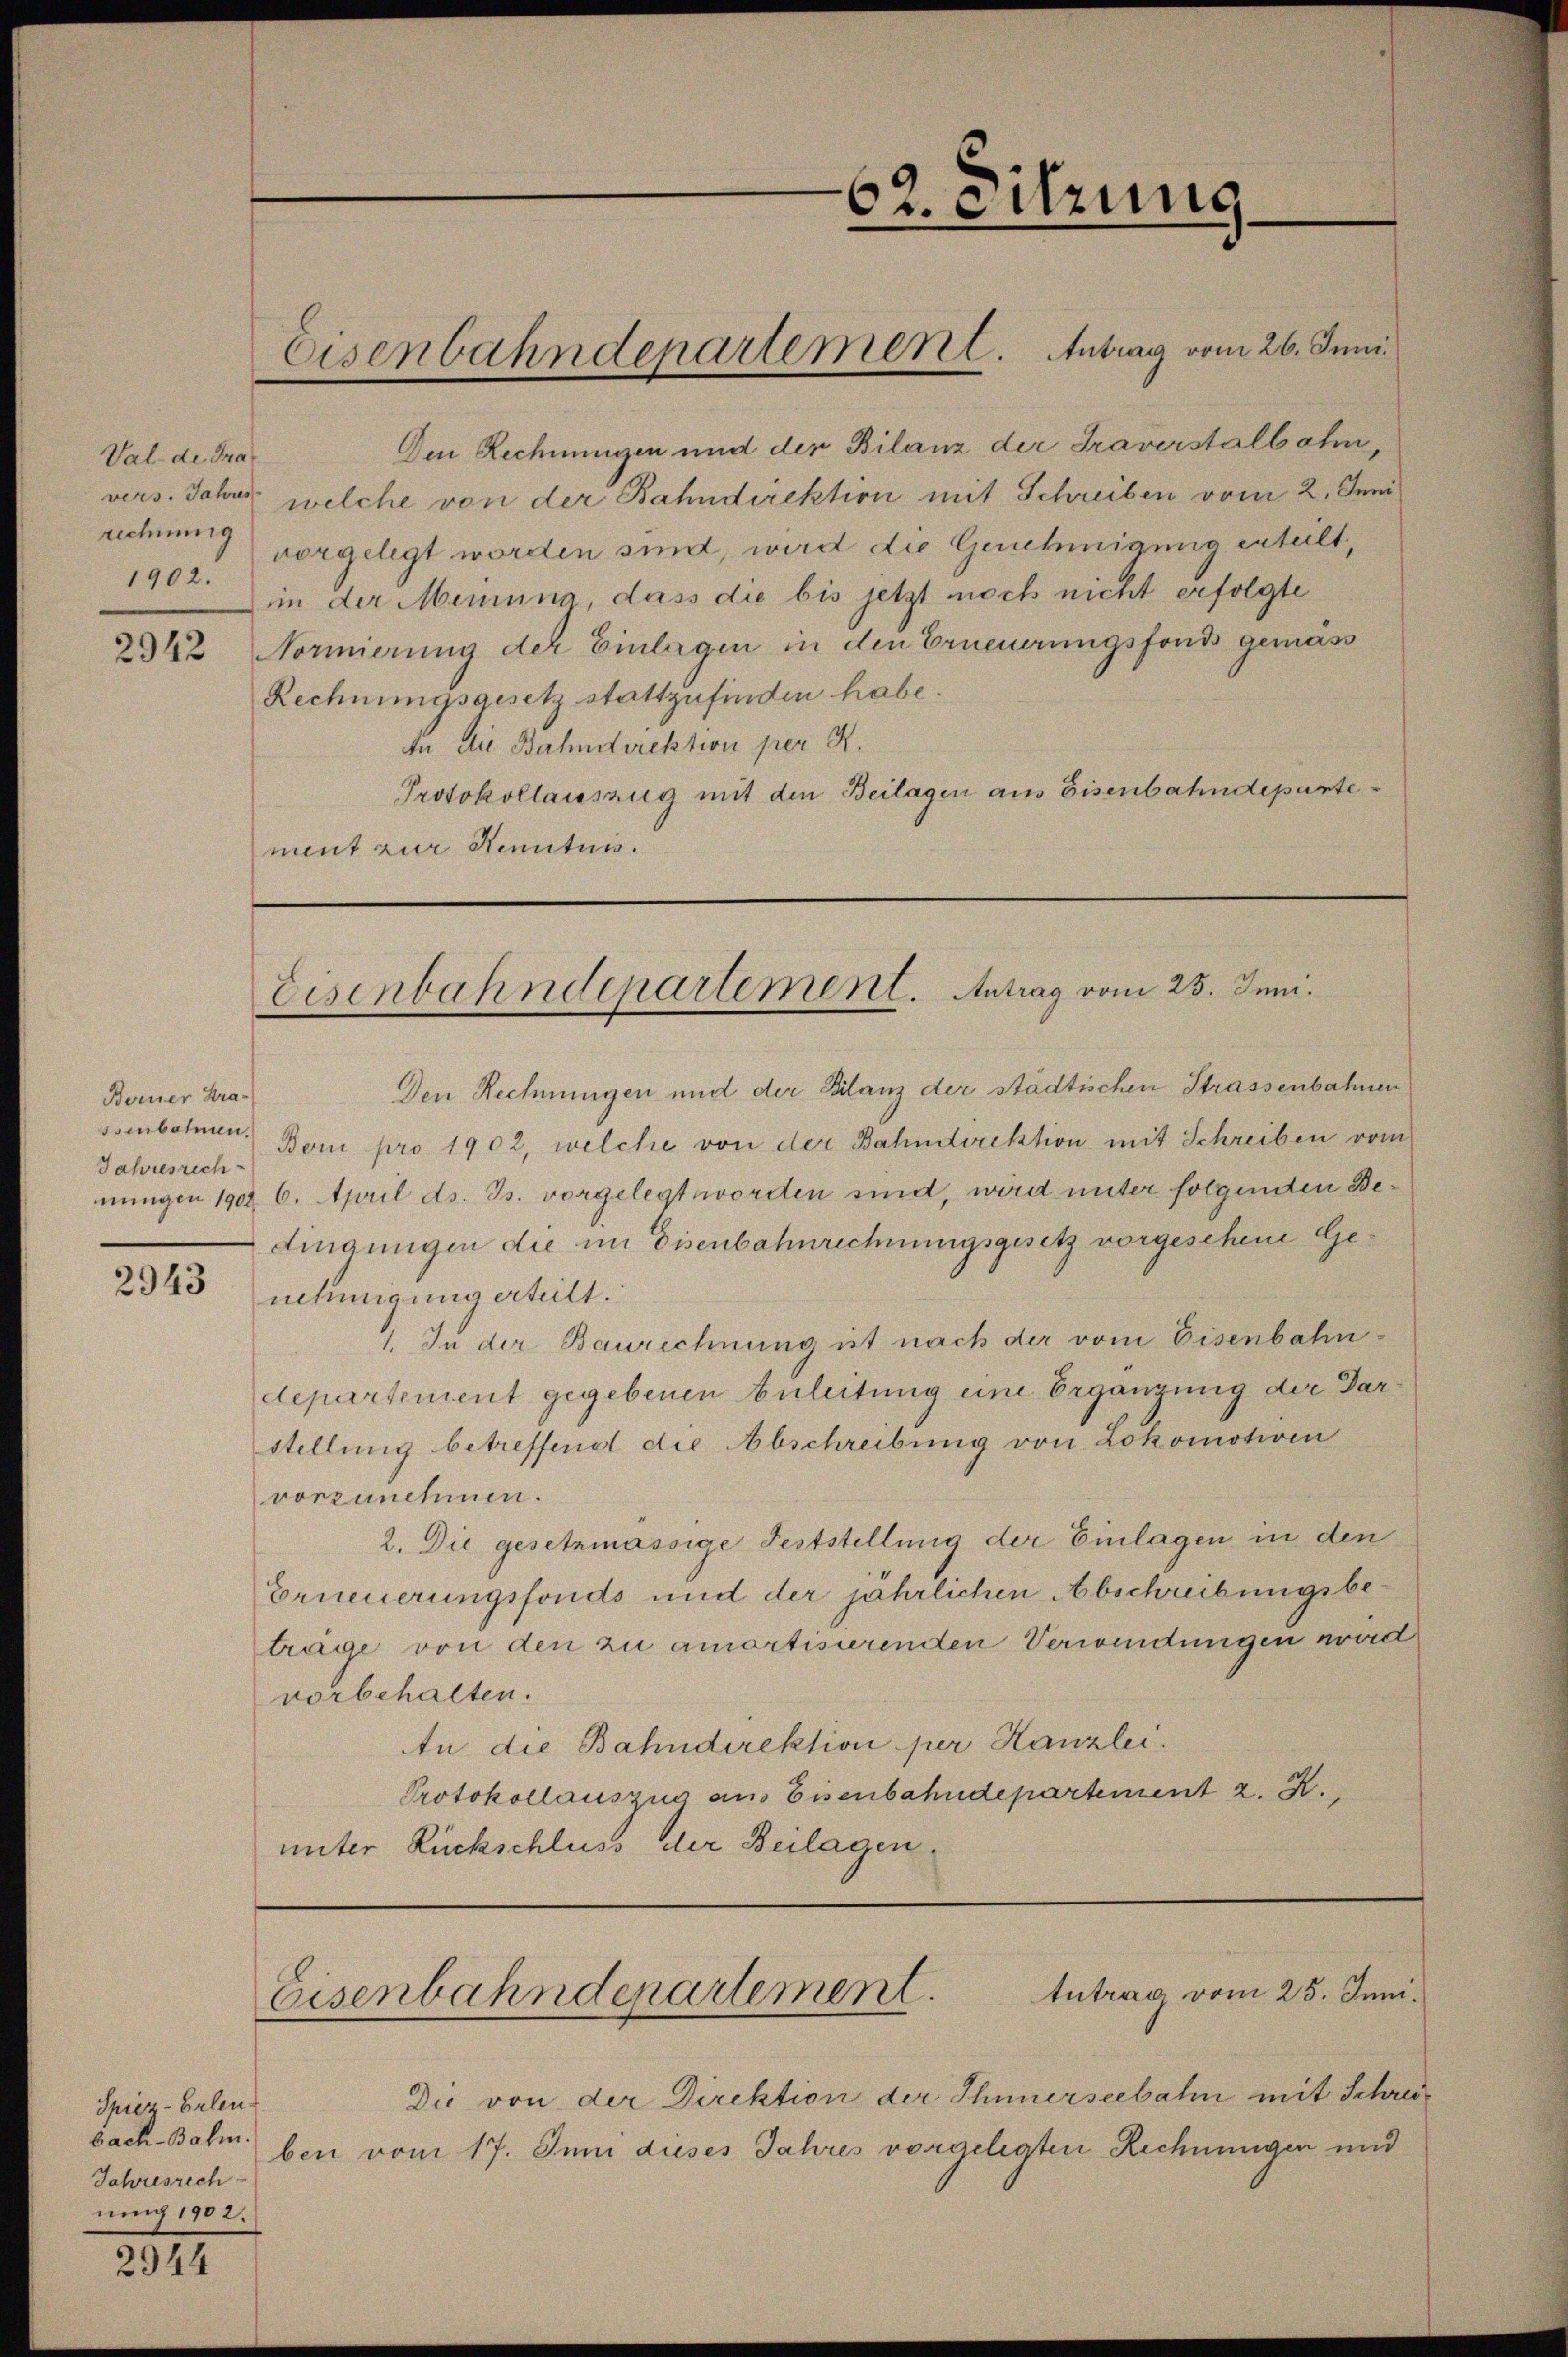
Val de Tra
vers. Jahres
rechnung
1902.

2942

Berner Krassenbahnen.
Jahresrech

2943

Spiez-Erlen
bach-Bahm.
Jahresrech
nung 1902.

2177

Den Rechnungen und der Bilanz der Traverstalbahn,
welche von der Bahndirektion mit Schreiben vom 2. Juni
vorgelegt worden sind, wird die Genehmigung erteilt,
in der Meinung, dass die bis jetzt noch nicht erfolgte
Normierung der Einlagen in den Erneuerungsfonds gemass
Rechnungsgesetz stattzufinden habe.
An die Bahndirektion per K.
Protokollauszug mit den Beilagen aus Eisenbahndepartement zur Kennten.

Den Rechnungen und der Bilanz der städtischen Strassenbahnen
Bomi pro 1902, welche von der Bahndirektion mit Schreiben vom
nungen 1902 6. April ds. Js. vorgelegt worden sind, wird unter folgenden Bedingungen die im Eisenbahnrechnungsgesetz vorgeschene Genehinigung erteilt.
 Zu der Baurechnung ist nach der vom Eisenbahndepartement gegebenen Beleitung eine Ergänzung der Darstellung betreffend die Abschreibung von Lokomotiven
vorzunehmen.
2. Die gesetzmässige Feststellung der Einlagen in den
Erneuerungsfonds und der jährlichen Abschreibungsbeträge von den zu amortisierenden Verwendungen wird
vorbehalten.
An die Bahndirektion per Kanzlei.
Protokollauszug aus Eisenbahndepartement z. B.
unter Rückschluss der Beilagen.

62. eitzung

Eisenbahndepartement. Antrag vom 26. Juni.

Eisenbahndepartement. Antrag vom 25. Juni.

tutrag vom 25. Juni.
Eisenbahndepartement.

Die von der Direktion der Thunerseebahn mit Schreiben vom 17. Juni dieses Jahres vorgelegten Rechnungen und